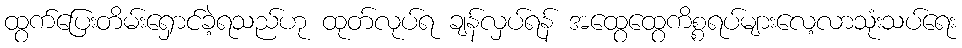
ထွက်ပြေးတိမ်းရှောင်ခဲ့ရသည်ဟု ထုတ်လုပ်ရ ချန်လှပ်ရန် အထွေထွေကိစ္စရပ်များလေ့လာသုံးသပ်ရေး